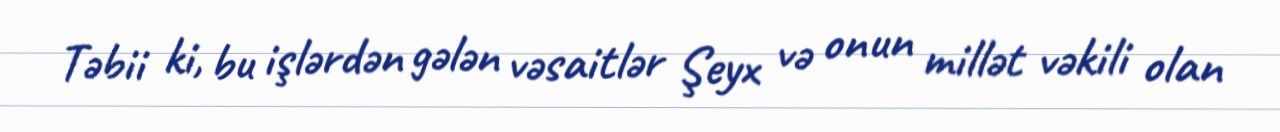
Təbii ki, bu işlərdən gələn vəsaitlər Şeyx və onun millət vəkili olan